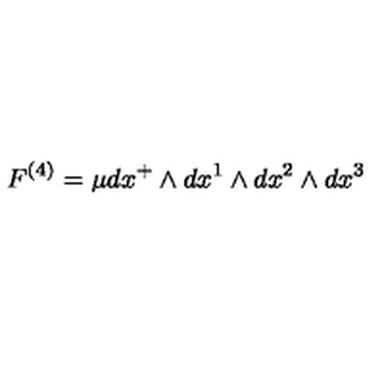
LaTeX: F ^ { \left( 4 \right) } = \mu d x ^ { + } \wedge d x ^ { 1 } \wedge d x ^ { 2 } \wedge d x ^ { 3 }